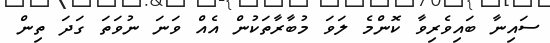
ސައިނާ ބައިވެރިވާ ކޮންމެ ލަވަ މުބާރާތަކުން އެއް ވަނަ ނުވަތަ ގަދަ ތިން